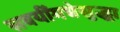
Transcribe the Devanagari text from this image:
सवयींमधेसुद्धा